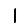
Digit: 1